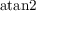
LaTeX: \mathrm { a t a n 2 }